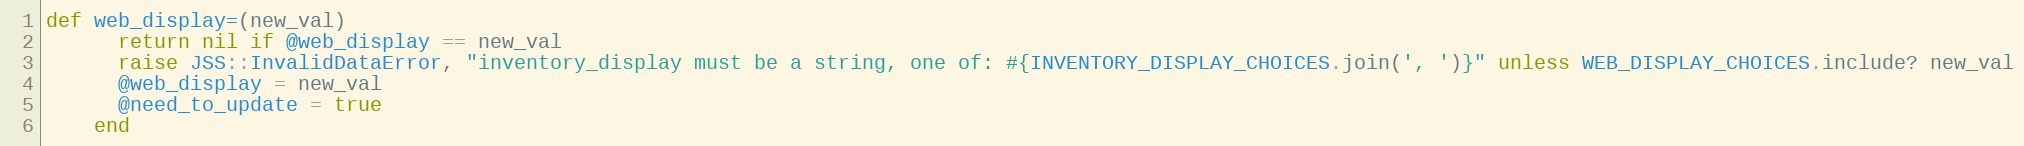
Language: Ruby
def web_display=(new_val)
      return nil if @web_display == new_val
      raise JSS::InvalidDataError, "inventory_display must be a string, one of: #{INVENTORY_DISPLAY_CHOICES.join(', ')}" unless WEB_DISPLAY_CHOICES.include? new_val
      @web_display = new_val
      @need_to_update = true
    end